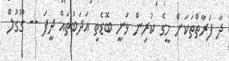
ދާ ފަރާތްތަކަށް މީގެ ކުރިން ވަނީ ބޮޑެތި އަދަބުތައް ދީފަ -- ގޫގުލް